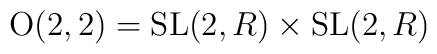
{\rm O}(2,2) = {\rm SL}(2, R) \times {\rm SL}(2,R)